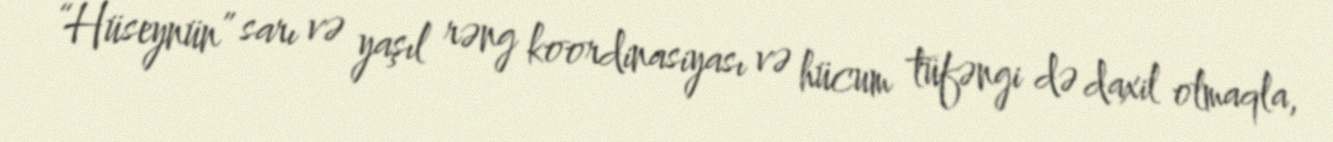
“Hüseynün” sarı və yaşıl rəng koordinasiyası və hücum tüfəngi də daxil olmaqla,